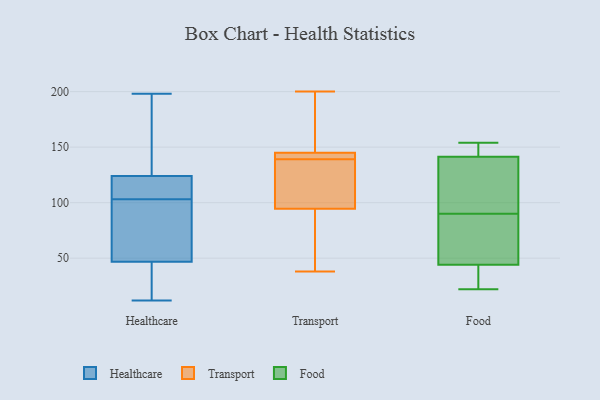
{"axis": {"x": "Backlog", "y": "Value"}, "legend": ["Food", "Healthcare", "Transport"], "data": [{"x": "", "y": 67, "type": "Healthcare"}, {"x": "", "y": 113, "type": "Healthcare"}, {"x": "", "y": 113, "type": "Healthcare"}, {"x": "", "y": 186, "type": "Healthcare"}, {"x": "", "y": 138, "type": "Healthcare"}, {"x": "", "y": 103, "type": "Healthcare"}, {"x": "", "y": 88, "type": "Healthcare"}, {"x": "", "y": 20, "type": "Healthcare"}, {"x": "", "y": 12, "type": "Healthcare"}, {"x": "", "y": 22, "type": "Healthcare"}, {"x": "", "y": 118, "type": "Healthcare"}, {"x": "", "y": 198, "type": "Healthcare"}, {"x": "", "y": 126, "type": "Healthcare"}, {"x": "", "y": 88, "type": "Healthcare"}, {"x": "", "y": 40, "type": "Healthcare"}, {"x": "", "y": 145, "type": "Transport"}, {"x": "", "y": 145, "type": "Transport"}, {"x": "", "y": 140, "type": "Transport"}, {"x": "", "y": 200, "type": "Transport"}, {"x": "", "y": 52, "type": "Transport"}, {"x": "", "y": 171, "type": "Transport"}, {"x": "", "y": 121, "type": "Transport"}, {"x": "", "y": 89, "type": "Transport"}, {"x": "", "y": 38, "type": "Transport"}, {"x": "", "y": 139, "type": "Transport"}, {"x": "", "y": 111, "type": "Transport"}, {"x": "", "y": 90, "type": "Food"}, {"x": "", "y": 123, "type": "Food"}, {"x": "", "y": 22, "type": "Food"}, {"x": "", "y": 154, "type": "Food"}, {"x": "", "y": 24, "type": "Food"}, {"x": "", "y": 124, "type": "Food"}, {"x": "", "y": 147, "type": "Food"}, {"x": "", "y": 59, "type": "Food"}, {"x": "", "y": 148, "type": "Food"}, {"x": "", "y": 86, "type": "Food"}, {"x": "", "y": 39, "type": "Food"}]}